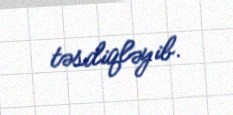
təsdiqləyib.